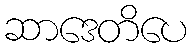
ဆာဒေတိပေ